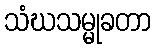
သံဃသမ္မုခတာ